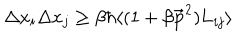
\Delta x _ { i } \Delta x _ { j } \ge \beta \hbar \langle ( 1 + \beta { { \bf \vec { p } } } ^ { 2 } ) { \bf { L } } _ { i j } \rangle